Jaan_Tonisson_(Lasteleht), lk 29
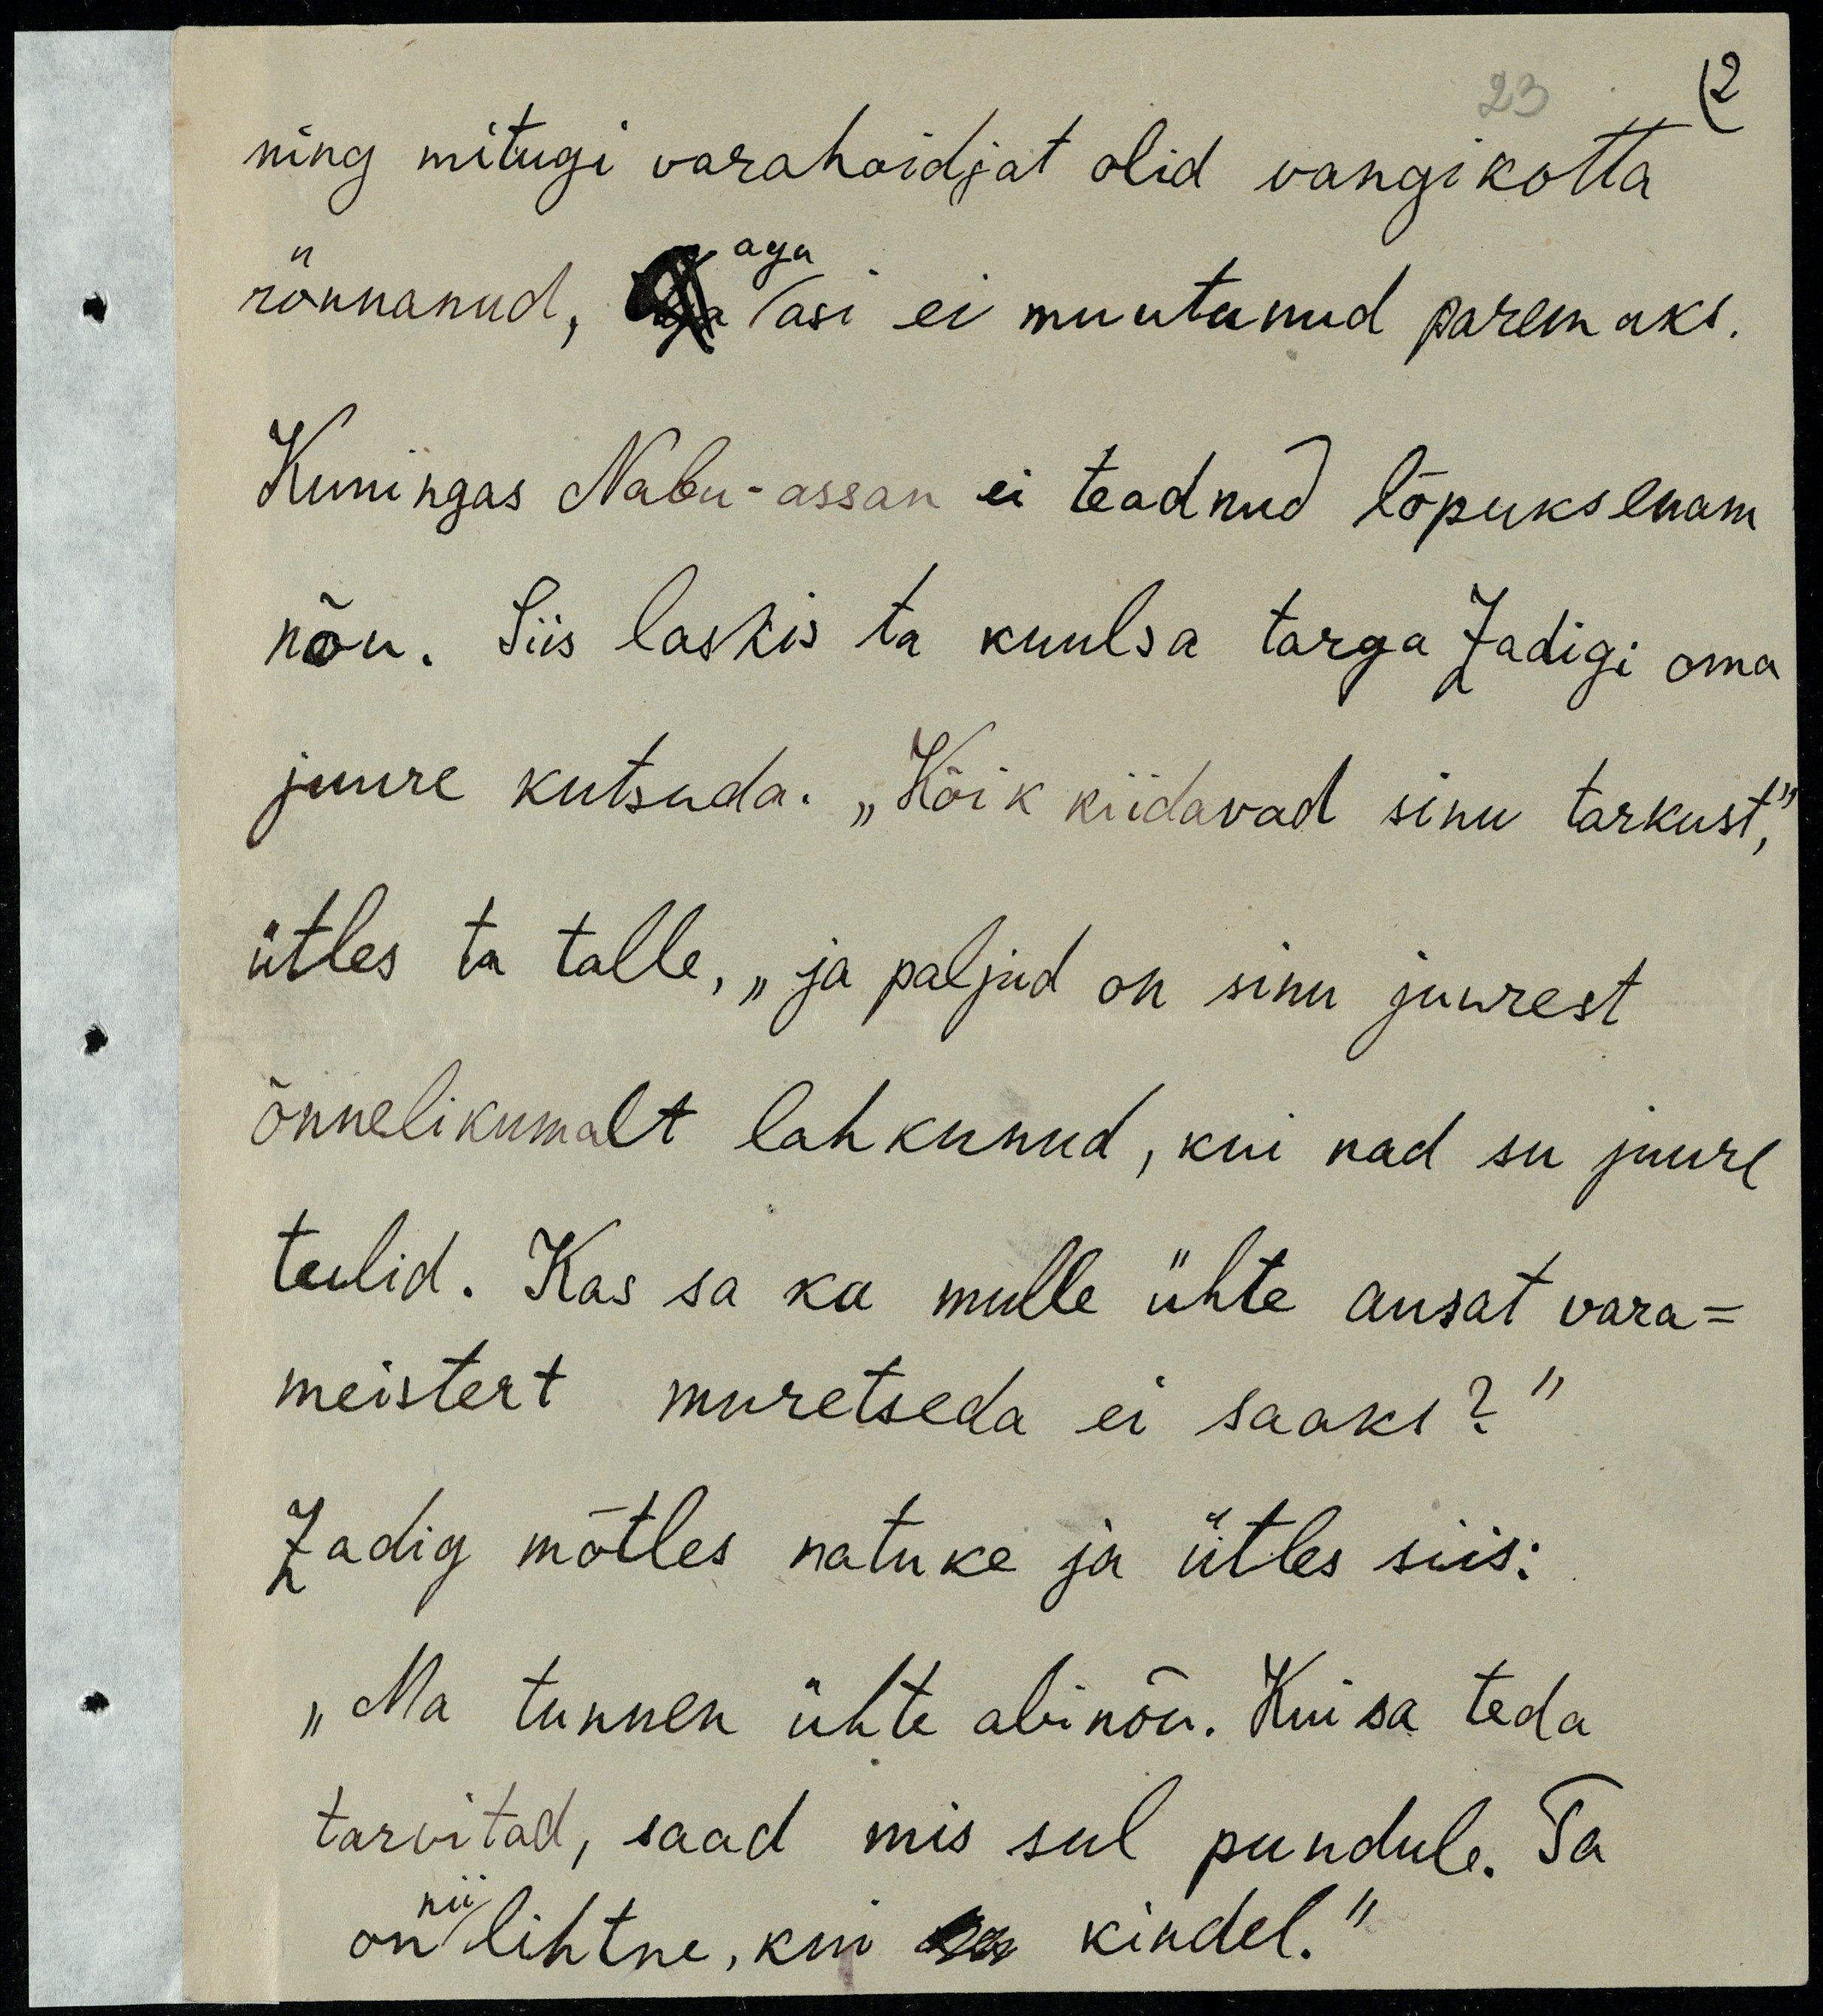
ning mitugi varahoidjat olid vangikotta
aga
rännanud, Aga asi ei muutunud paremaks.
Kuningas Nabu-assan ei teadnud lõpuks enam
nõu. Siis laskis ta kuulsa targa Zadigi oma
juure kutsuda. „Kõik kiidavad sinu tarkust,“
ütles ta talle, „ja paljud on sinu juurest
õnnelikumalt lahkunud, kui nad su juure
tulid. Kas sa ka mulle ühte ausat vara-
meistert muretseda ei saaks?“
Zadig mõtles natuke ja ütles siis:
„Ma tunnen ühte abinõu. Kui sa teda
tarvitad, saad mis sul puudub. Ta
on nii lihtne, kui ka kindel.“